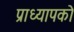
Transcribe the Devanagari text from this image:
प्राध्यापको